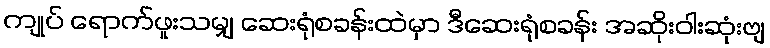
ကျုပ် ရောက်ဖူးသမျှ ဆေးရုံစခန်းထဲမှာ ဒီဆေးရုံစခန်း အဆိုးဝါးဆုံးဗျ